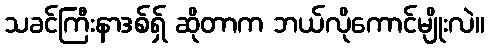
သခင်ကြီးနာဒစ်ရှ် ဆိုတာက ဘယ်လိုကောင်မျိုးလဲ။